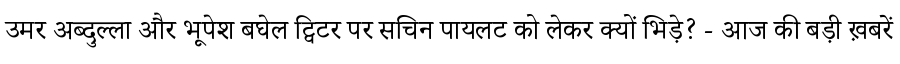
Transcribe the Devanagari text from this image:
उमर अब्दुल्ला और भूपेश बघेल ट्विटर पर सचिन पायलट को लेकर क्यों भिड़े? - आज की बड़ी ख़बरें